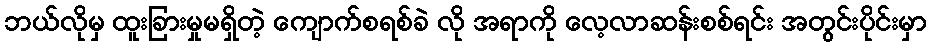
ဘယ်လိုမှ ထူးခြားမှုမရှိတဲ့ ကျောက်စရစ်ခဲ လို အရာကို လေ့လာဆန်းစစ်ရင်း အတွင်းပိုင်းမှာ